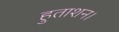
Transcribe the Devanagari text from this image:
हुताशन।